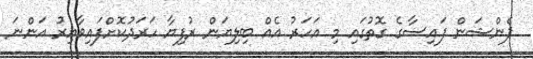
ޕެންޝަން ފައިސާގެ ގޮތުގައި މި އަހަރު އެއް ބިލިޔަން ރުފިޔާ ހަރަދުކޮށްފައިވާއިރު އަންނަ